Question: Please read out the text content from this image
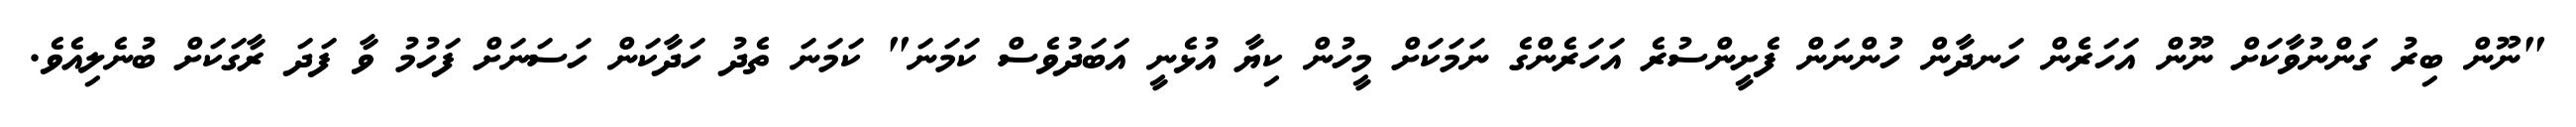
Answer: "ނޫން ބިރު ގަންނުވާކަށް ނޫން އަހަރެން ހަނދާން ހުންނަން ފެށީންސުރެ އަހަރެންގެ ނަމަކަށް މީހުން ކިޔާ އުޅެނީ އަބަދުވެސް ކަމަނަ" ކަމަނަ ތެދު ހަދާކަން ހަސަނަށް ފަހުމު ވާ ފަދަ ރާގަކަށް ބުނެލިއެވެ.